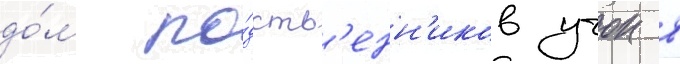
до́м ро́дств'енн'иков учок в